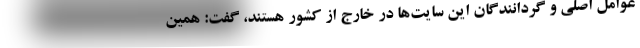
عوامل اصلی و گردانندگان این سایت‌ها در خارج از کشور هستند، گفت: همین